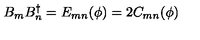
B _ { m } B _ { n } ^ { \dagger } = E _ { m n } ( \phi ) = 2 C _ { m n } ( \phi )